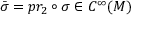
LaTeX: { \bar { \sigma } } = p r _ { 2 } \circ \sigma \in C ^ { \infty } ( M )